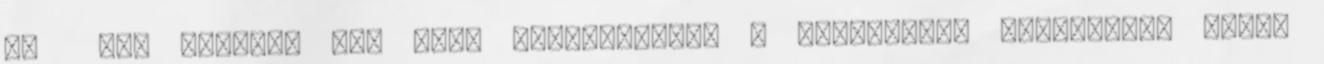
CD DVD hibával nem akar feltelepedni A weboldalon esetenként sütik